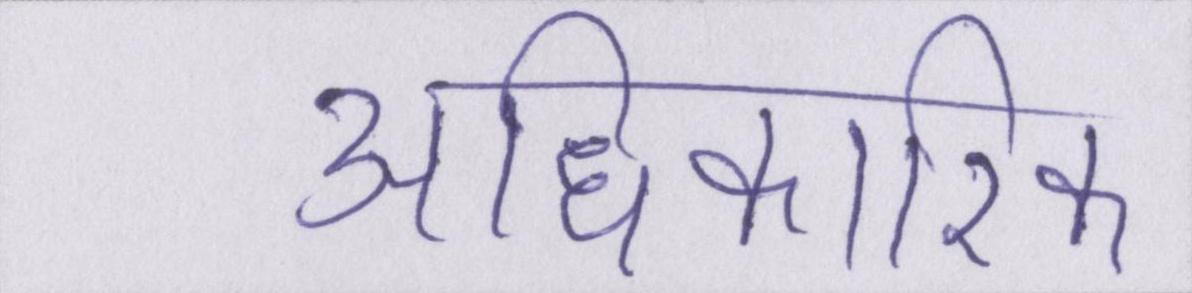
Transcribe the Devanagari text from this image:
अधिकारिक